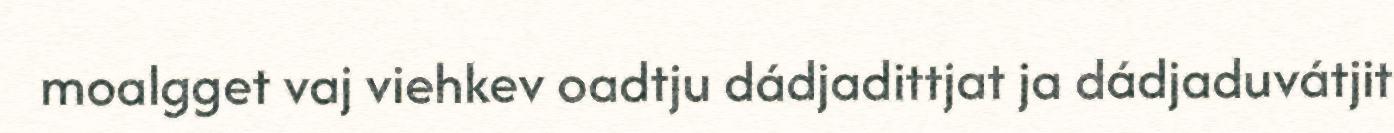
moalgget vaj viehkev oadtju dádjadittjat ja dádjaduvátjit